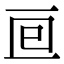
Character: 𠄢